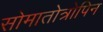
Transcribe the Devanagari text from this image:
सोमातोत्रोपिन